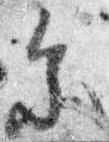
参